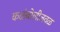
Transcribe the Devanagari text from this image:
कळंबोलीजवळ